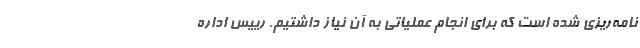
نامه‌ریزی شده است که برای انجام عملیاتی به آن نیاز داشتیم. رییس اداره